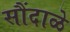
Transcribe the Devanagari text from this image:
सौंदाळे